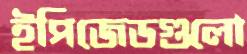
ইপিজেডগুলো